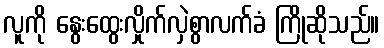
လူကို နွေးထွေးလှိုက်လှဲစွာလက်ခံ ကြိုဆိုသည်။